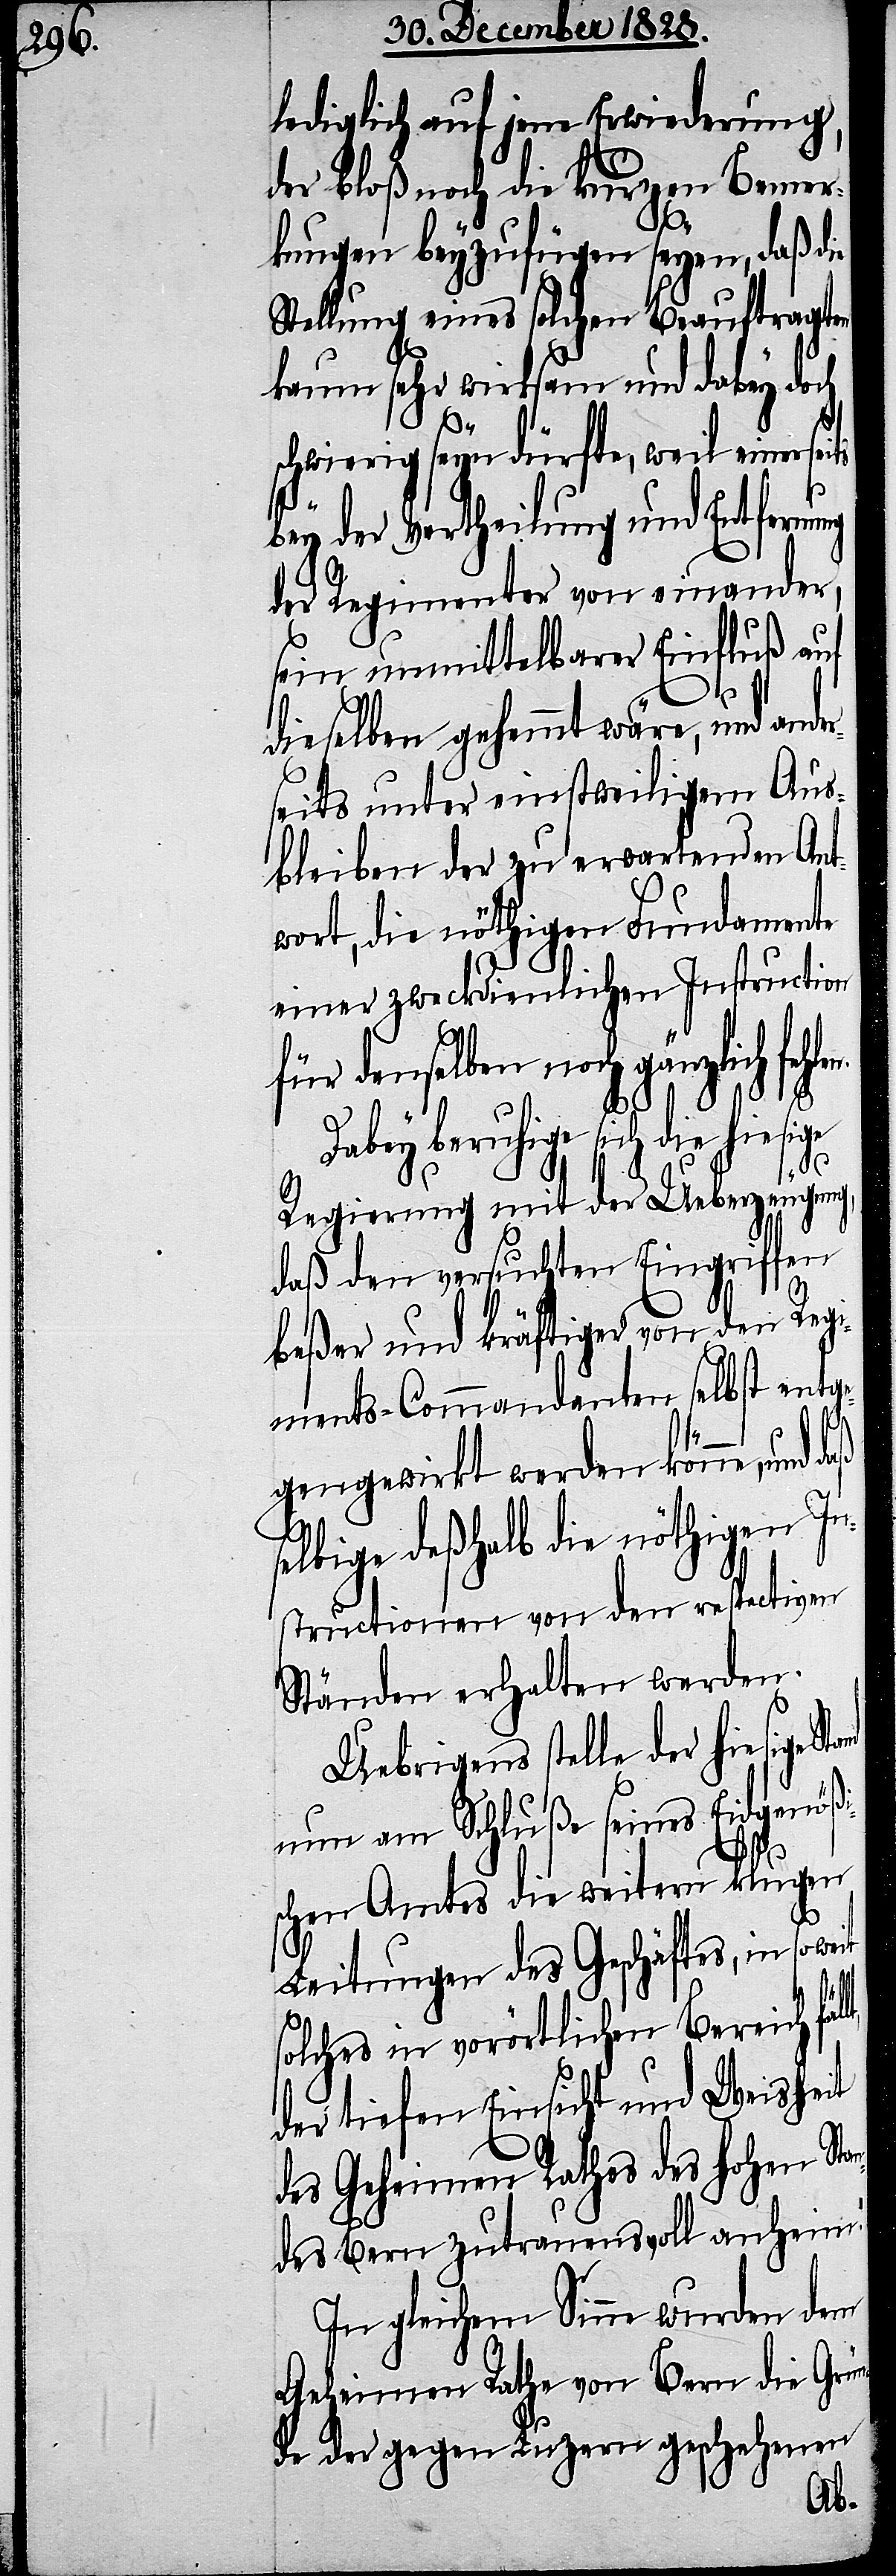
lediglich auf jene Erwiederung,
der bloß noch die kurzen Bemer¬
kungen beyzufügen seyen, daß die
Stellung eines solchen Beauftragten
kaum sehr wirksam und dabey doch
chwierig seyn dürfte, weil
bey der Vertheilung und Entfremdung
der Regimenter von einander,
sein unmittelbarer Einfluß auf
dieselben gehemmt wäre, und ander¬
seits unter einstweiligem Aus¬
bleiben der zu erwartenden Ant¬
wort, die nöthigen Fundamente
einer zweckdienlichen Instruction
für denselben noch gänzlich
Dabey beruhige sich die hiesige
s¬
Regierung mit der Ueberzeugung,
daß den versuchten Eingriffen
beßer und kräftiger von den Reg¬
iments-Commandanten selbst entge¬
gengewirkt werden könne, und
selbige deßhalb die nöthigen In¬
structionen von den respectiven
Ständen erhalten werden.
Uebrigens stelle der hiesige
nun am Schluße seines Eidgenößi¬
schen Amtes die weitern klugen
Leitungen des Geschäftes, in so
solches in vorörtlichen Bericht
der tiefen Einsicht und Weisheit
des Geheimen Rathes des hohen Stan¬
des Bern zutrauensvoll anheim.“
In gleichem Sinne wurden dem
Geheimen Rathe von Bern die Grün¬
de der gegen Luzern geschehenen